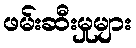
ဖမ်းဆီးမှုများ